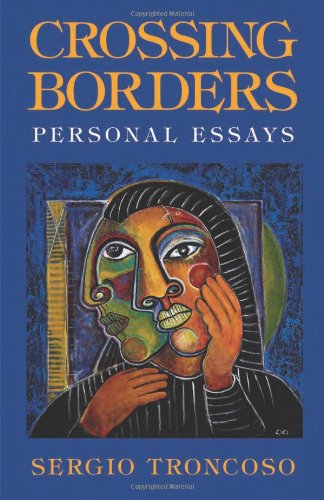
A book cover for Crossing Borders: Personal Essays; Sergio Troncoso; Biographies & Memoirs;